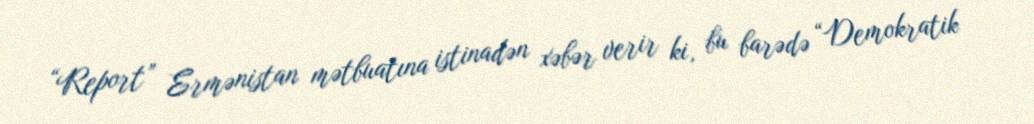
“Report” Ermənistan mətbuatına istinadən xəbər verir ki, bu barədə “Demokratik